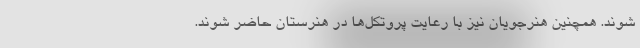
شوند. همچنین هنرجویان نیز با رعایت پروتکل‌ها در هنرستان حاضر شوند.